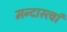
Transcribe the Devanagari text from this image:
मन्दास्त्वां